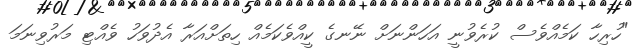
"ހުރިހާ ކަމެއްވެސް ކުރެވުނީ އަހަންނަށް ނޭނގެ ކީއްވެކަމެއް ހިތަށްއަރާ އެދުވަހު ވެއްޓި މަރުވިނަމަ